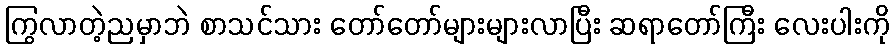
ကြွလာတဲ့ညမှာဘဲ စာသင်သား တော်တော်များများလာပြီး ဆရာတော်ကြီး လေးပါးကို